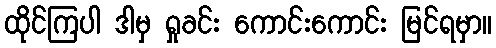
ထိုင်ကြပါ ဒါမှ ရှုခင်း ကောင်းကောင်း မြင်ရမှာ။